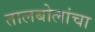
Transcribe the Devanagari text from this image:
तालबोलांचा